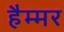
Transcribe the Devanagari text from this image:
हैम्मर